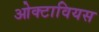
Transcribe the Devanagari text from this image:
ओक्टावियस